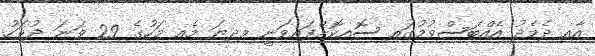
އާއި ދެމެދު އެއްބަސްވުމުގައި ސޮއިކޮށްފައިވަނީ މިދިޔަ މެއި މަހުގެ 29 ވަނަ ދުވަހު